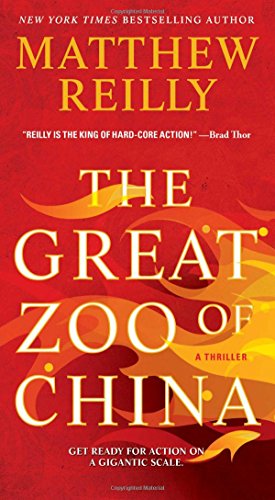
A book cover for The Great Zoo of China; Matthew Reilly; Science Fiction & Fantasy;